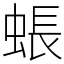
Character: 䗅